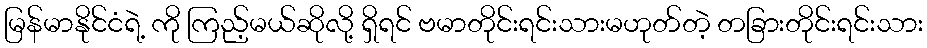
မြန်မာနိုင်ငံရဲ့ ကို ကြည့်မယ်ဆိုလို့ ရှိရင် ဗမာတိုင်းရင်းသားမဟုတ်တဲ့ တခြားတိုင်းရင်းသား